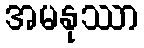
အမနုဿာ